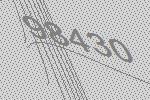
98430